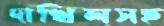
দাখিলসহ